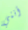
أنني